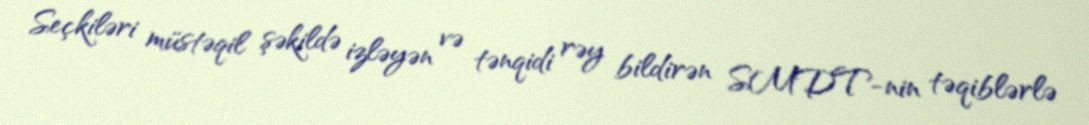
Seçkiləri müstəqil şəkildə izləyən və tənqidi rəy bildirən SMDT-nin təqiblərlə